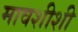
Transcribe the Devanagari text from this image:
मावशीशी